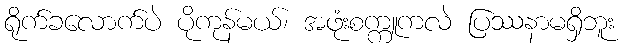
ရိုက်ခလောက်ပဲ ပိုကုန်မယ်၊ အဖုံးစက္ကူကလဲ ပြဿနာမရှိဘူး